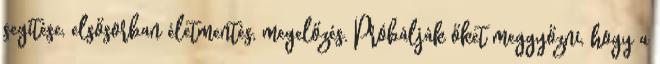
segítése, elsősorban életmentés, megelőzés. Próbálják őket meggyőzni, hogy a